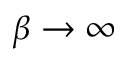
\beta \rightarrow \infty